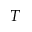
T